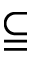
\subseteqq